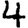
Digit: 4